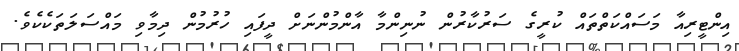
އިންޓީރިއާ މަސައްކަތްތައް ކުރީގެ ސަރުކާރުން ނުނިންމާ އާންމުންނަށް ދީފައި ހުރުމުން ދިމާވި މައްސަލަތަކެކެވެ.